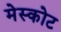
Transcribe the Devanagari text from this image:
मेस्कोट